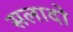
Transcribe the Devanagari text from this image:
सलादो